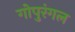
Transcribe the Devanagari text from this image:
गोपुरंगल